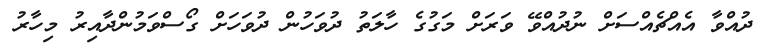
ދުއްވާ އެއްޗެއްސަށް ނުދުއްވޭ ވަރަށް މަގުގެ ހާލަތު ދުވަހުން ދުވަހަށް ގޯސްވަމުންދާއިރު މިހާރު